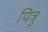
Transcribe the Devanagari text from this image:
पित्रु